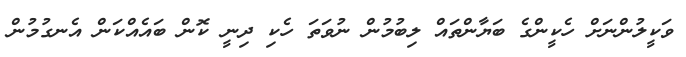
ވަކީލުންނަށް ހެކީންގެ ބަޔާންތައް ލިބުމުން ނުވަތަ ހެކި ދިނީ ކޮން ބައެއްކަން އެނގުމުން